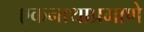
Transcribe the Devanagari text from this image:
एकनाथाप्रमाणे